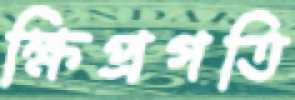
ক্ষিপ্রগতি